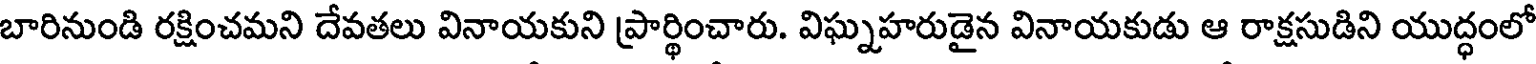
బారినుండి రక్షించమని దేవతలు వినాయకుని ప్రార్థించారు. విఘ్నహరుడైన వినాయకుడు ఆ రాక్షసుడిని యుద్ధంలో